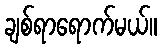
ချစ်ရာရောက်မယ်။